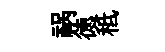
祸徳秪